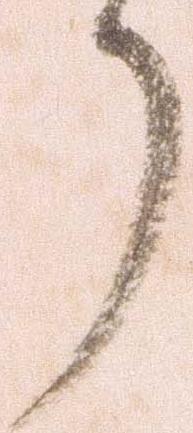
了